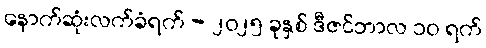
နောက်ဆုံးလက်ခံရက် - ၂၀၂၅ ခုနှစ် ဒီဇင်ဘာလ ၁၀ ရက်